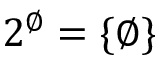
2 ^ { \varnothing } = \{ \varnothing \}